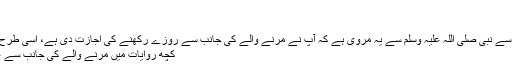
مسلم میں ہے:۱۷؂
عن ابن عباس پڑھیئے 5
جس طرح روزوں کے حوالے سے نبی صلی اللہ علیہ وسلم سے یہ مروی ہے کہ آپ نے مرنے والے کی جانب سے روزے رکھنے کی اجازت دی ہے، اسی طرح آپ سے مرنے وال پڑھیئے 6
کچھ روایات میں مرنے والے کی جانب سے غلام آزاد کرنے کا ذکر ہوا ہے۔